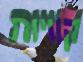
קוויות